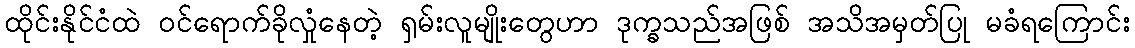
ထိုင်းနိုင်ငံထဲ ဝင်ရောက်ခိုလှုံနေတဲ့ ရှမ်းလူမျိုးတွေဟာ ဒုက္ခသည်အဖြစ် အသိအမှတ်ပြု မခံရကြောင်း